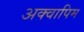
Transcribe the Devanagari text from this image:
अक्वापिम